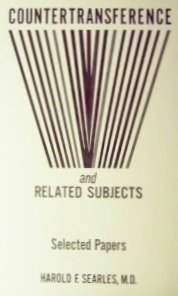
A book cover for Countertransference and Related Subjects: Selected Papers; Harold F. Searles; Health, Fitness & Dieting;